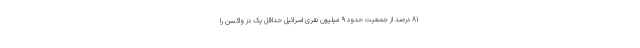
۸۱ درصد از جمعیت حدود ۹ میلیون نفری اسرائیل حداقل یک دُز واکسن را